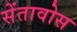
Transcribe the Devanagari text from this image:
सेंतावोस